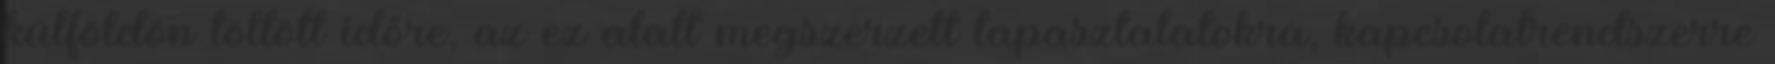
külföldön töltött időre, az ez alatt megszerzett tapasztalatokra, kapcsolatrendszerre